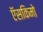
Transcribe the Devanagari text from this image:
ऍसकिमो